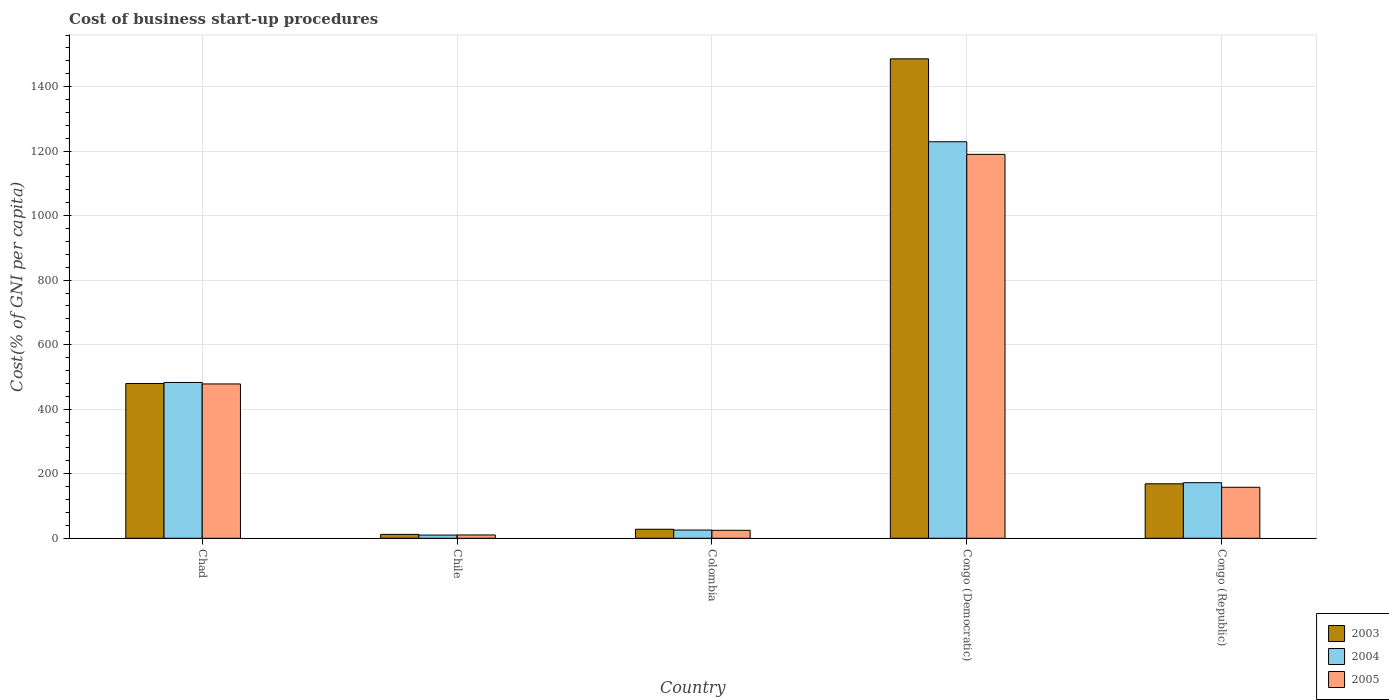
| Country | 2003 | 2004 | 2005 |
 | --- | --- | --- | --- |
 | Chad | 480 | 483 | 478 |
 | Chile | 12.1 | 10 | 10.3 |
 | Colombia | 28 | 25.6 | 24.7 |
 | Congo (Democratic) | 1.49e+03 | 1.23e+03 | 1.19e+03 |
 | Congo (Republic) | 169 | 172 | 158 |